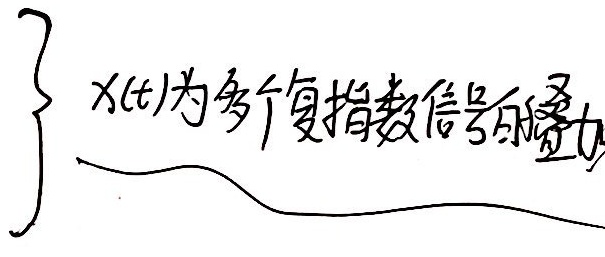
\[\left\{\begin{array}{l}\text{\(x(t)\)为多个复指数信号的叠加}\end{array}\right.\]